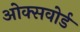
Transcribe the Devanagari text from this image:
ओक्सवोर्ड